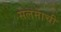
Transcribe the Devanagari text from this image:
सलमाची